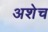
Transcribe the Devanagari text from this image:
अशेच